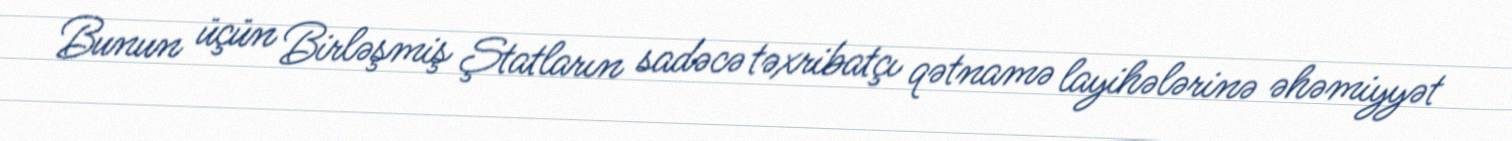
Bunun üçün Birləşmiş Ştatların sadəcə təxribatçı qətnamə layihələrinə əhəmiyyət